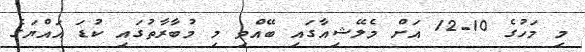
މި މަހުގެ 10-12 އަށް މެލޭޝިއާގައި ބޭއްވި މި މުބާރާތުގައި ކުޑަ އައްޔަގެ